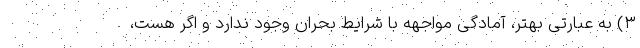
۳) به عبارتی بهتر، آمادگی مواجهه با شرایط بحران وجود ندارد و اگر هست،